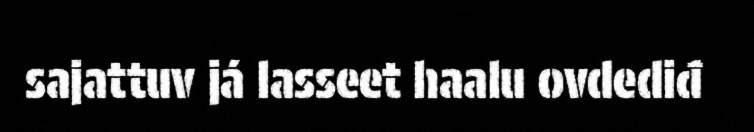
sajattuv já lasseet haalu ovdediđ